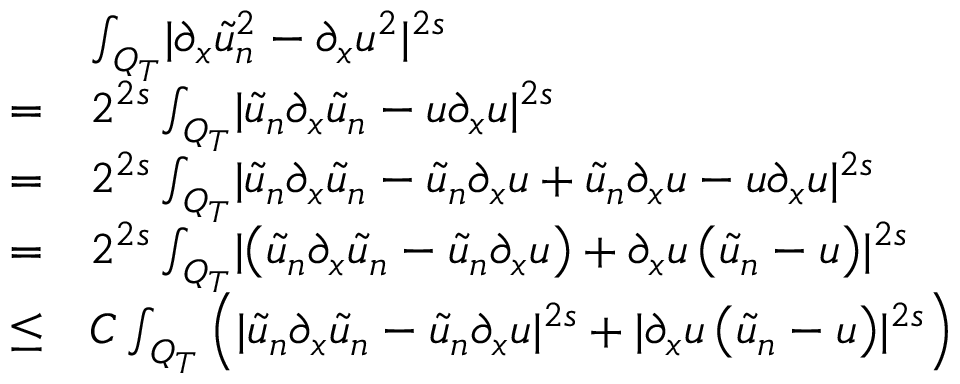
\begin{array} { r l } & { \int _ { Q _ { T } } \lvert \partial _ { x } \tilde { u } _ { n } ^ { 2 } - \partial _ { x } u ^ { 2 } \rvert ^ { 2 s } } \\ { = } & { 2 ^ { 2 s } \int _ { Q _ { T } } \lvert \tilde { u } _ { n } \partial _ { x } \tilde { u } _ { n } - u \partial _ { x } u \rvert ^ { 2 s } } \\ { = } & { 2 ^ { 2 s } \int _ { Q _ { T } } \lvert \tilde { u } _ { n } \partial _ { x } \tilde { u } _ { n } - \tilde { u } _ { n } \partial _ { x } u + \tilde { u } _ { n } \partial _ { x } u - u \partial _ { x } u \rvert ^ { 2 s } } \\ { = } & { 2 ^ { 2 s } \int _ { Q _ { T } } \lvert \left( \tilde { u } _ { n } \partial _ { x } \tilde { u } _ { n } - \tilde { u } _ { n } \partial _ { x } u \right) + \partial _ { x } u \left( \tilde { u } _ { n } - u \right) \rvert ^ { 2 s } } \\ { \leq } & { C \int _ { Q _ { T } } \left( \lvert \tilde { u } _ { n } \partial _ { x } \tilde { u } _ { n } - \tilde { u } _ { n } \partial _ { x } u \rvert ^ { 2 s } + \lvert \partial _ { x } u \left( \tilde { u } _ { n } - u \right) \rvert ^ { 2 s } \right) } \end{array}